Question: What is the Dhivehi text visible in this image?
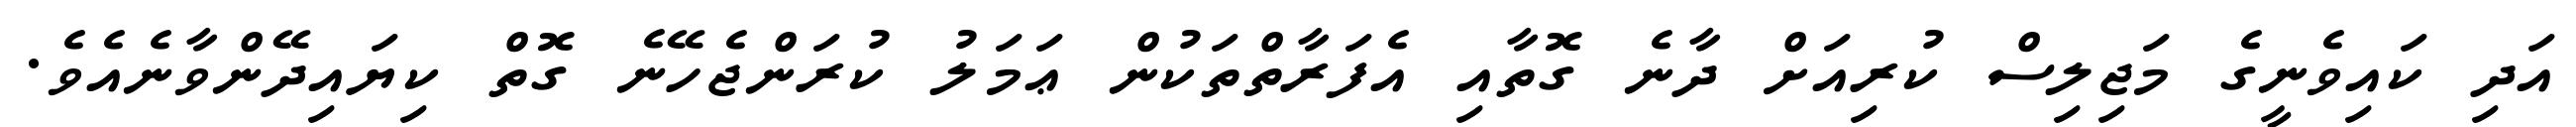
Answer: އަދި ކައިވެނީގެ މަޖިލިސް ކުރިއަށް ދާނެ ގޮތާއި އެފަރާތްތަކުން ޢަމަލު ކުރަންޖެހޭނެ ގޮތް ކިޔައިދޭންވާނެއެވެ.